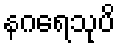
နဂရေသုပိ